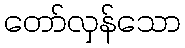
တော်လှန်သော